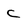
Character: C